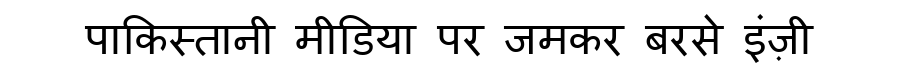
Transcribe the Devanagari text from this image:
पाकिस्तानी मीडिया पर जमकर बरसे इंज़ी